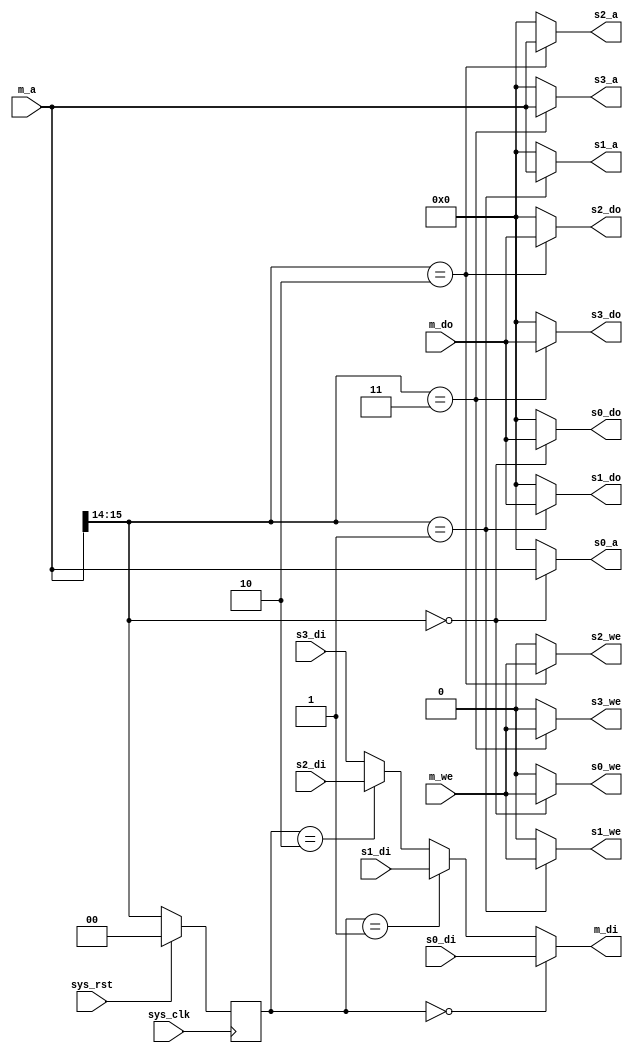
module conbus1x4 (
  // System
  input sys_clk,
  input sys_rst,
  // Master
  output [15:0] m_di,
  input [15:0] m_do,
  input m_we,
  input [15:0] m_a,
  // Slave 0
  input [15:0] s0_di,
  output [15:0] s0_do,
  output s0_we,
  output [15:0] s0_a,
  // Slave 1
  input [15:0] s1_di,
  output [15:0] s1_do,
  output s1_we,
  output [15:0] s1_a,
  // Slave 2
  input [15:0] s2_di,
  output [15:0] s2_do,
  output s2_we,
  output [15:0] s2_a,
  // Slave 3
  input [15:0] s3_di,
  output [15:0] s3_do,
  output s3_we,
  output [15:0] s3_a
);

reg [1:0] state;

// Input routing

assign s0_a = (m_a[15:14] == 2'b00) ? m_a[15:0] : 16'b0;
assign s0_do = (m_a[15:14] == 2'b00) ? m_do : 16'b0;
assign s0_we = (m_a[15:14] == 2'b00) ? m_we : 1'b0;

assign s1_a = (m_a[15:14] == 2'b01) ? m_a[15:0] : 16'b0;
assign s1_do = (m_a[15:14] == 2'b01) ? m_do : 16'b0;
assign s1_we = (m_a[15:14] == 2'b01) ? m_we : 1'b0;

assign s2_a = (m_a[15:14] == 2'b10) ? m_a[15:0] : 16'b0;
assign s2_do = (m_a[15:14] == 2'b10) ? m_do : 16'b0;
assign s2_we = (m_a[15:14] == 2'b10) ? m_we : 1'b0;

assign s3_a = (m_a[15:14] == 2'b11) ? m_a[15:0] : 16'b0;
assign s3_do = (m_a[15:14] == 2'b11) ? m_do : 16'b0;
assign s3_we = (m_a[15:14] == 2'b11) ? m_we : 1'b0;

// Output routing

assign m_di =
  (state == 2'b00) ? s0_di :
  (state == 2'b01) ? s1_di :
  (state == 2'b10) ? s2_di : s3_di;

task init;
begin
  state <= 2'b0;
end
endtask

// State
always @(posedge sys_clk) begin
  if (sys_rst == 1'b1) begin
    init;
  end else begin
    state <= m_a[15:14];
  end
end

initial begin
  init;
end

endmodule